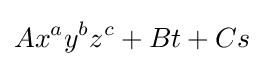
Ax^{a}y^{b}z^{c}+Bt+Cs